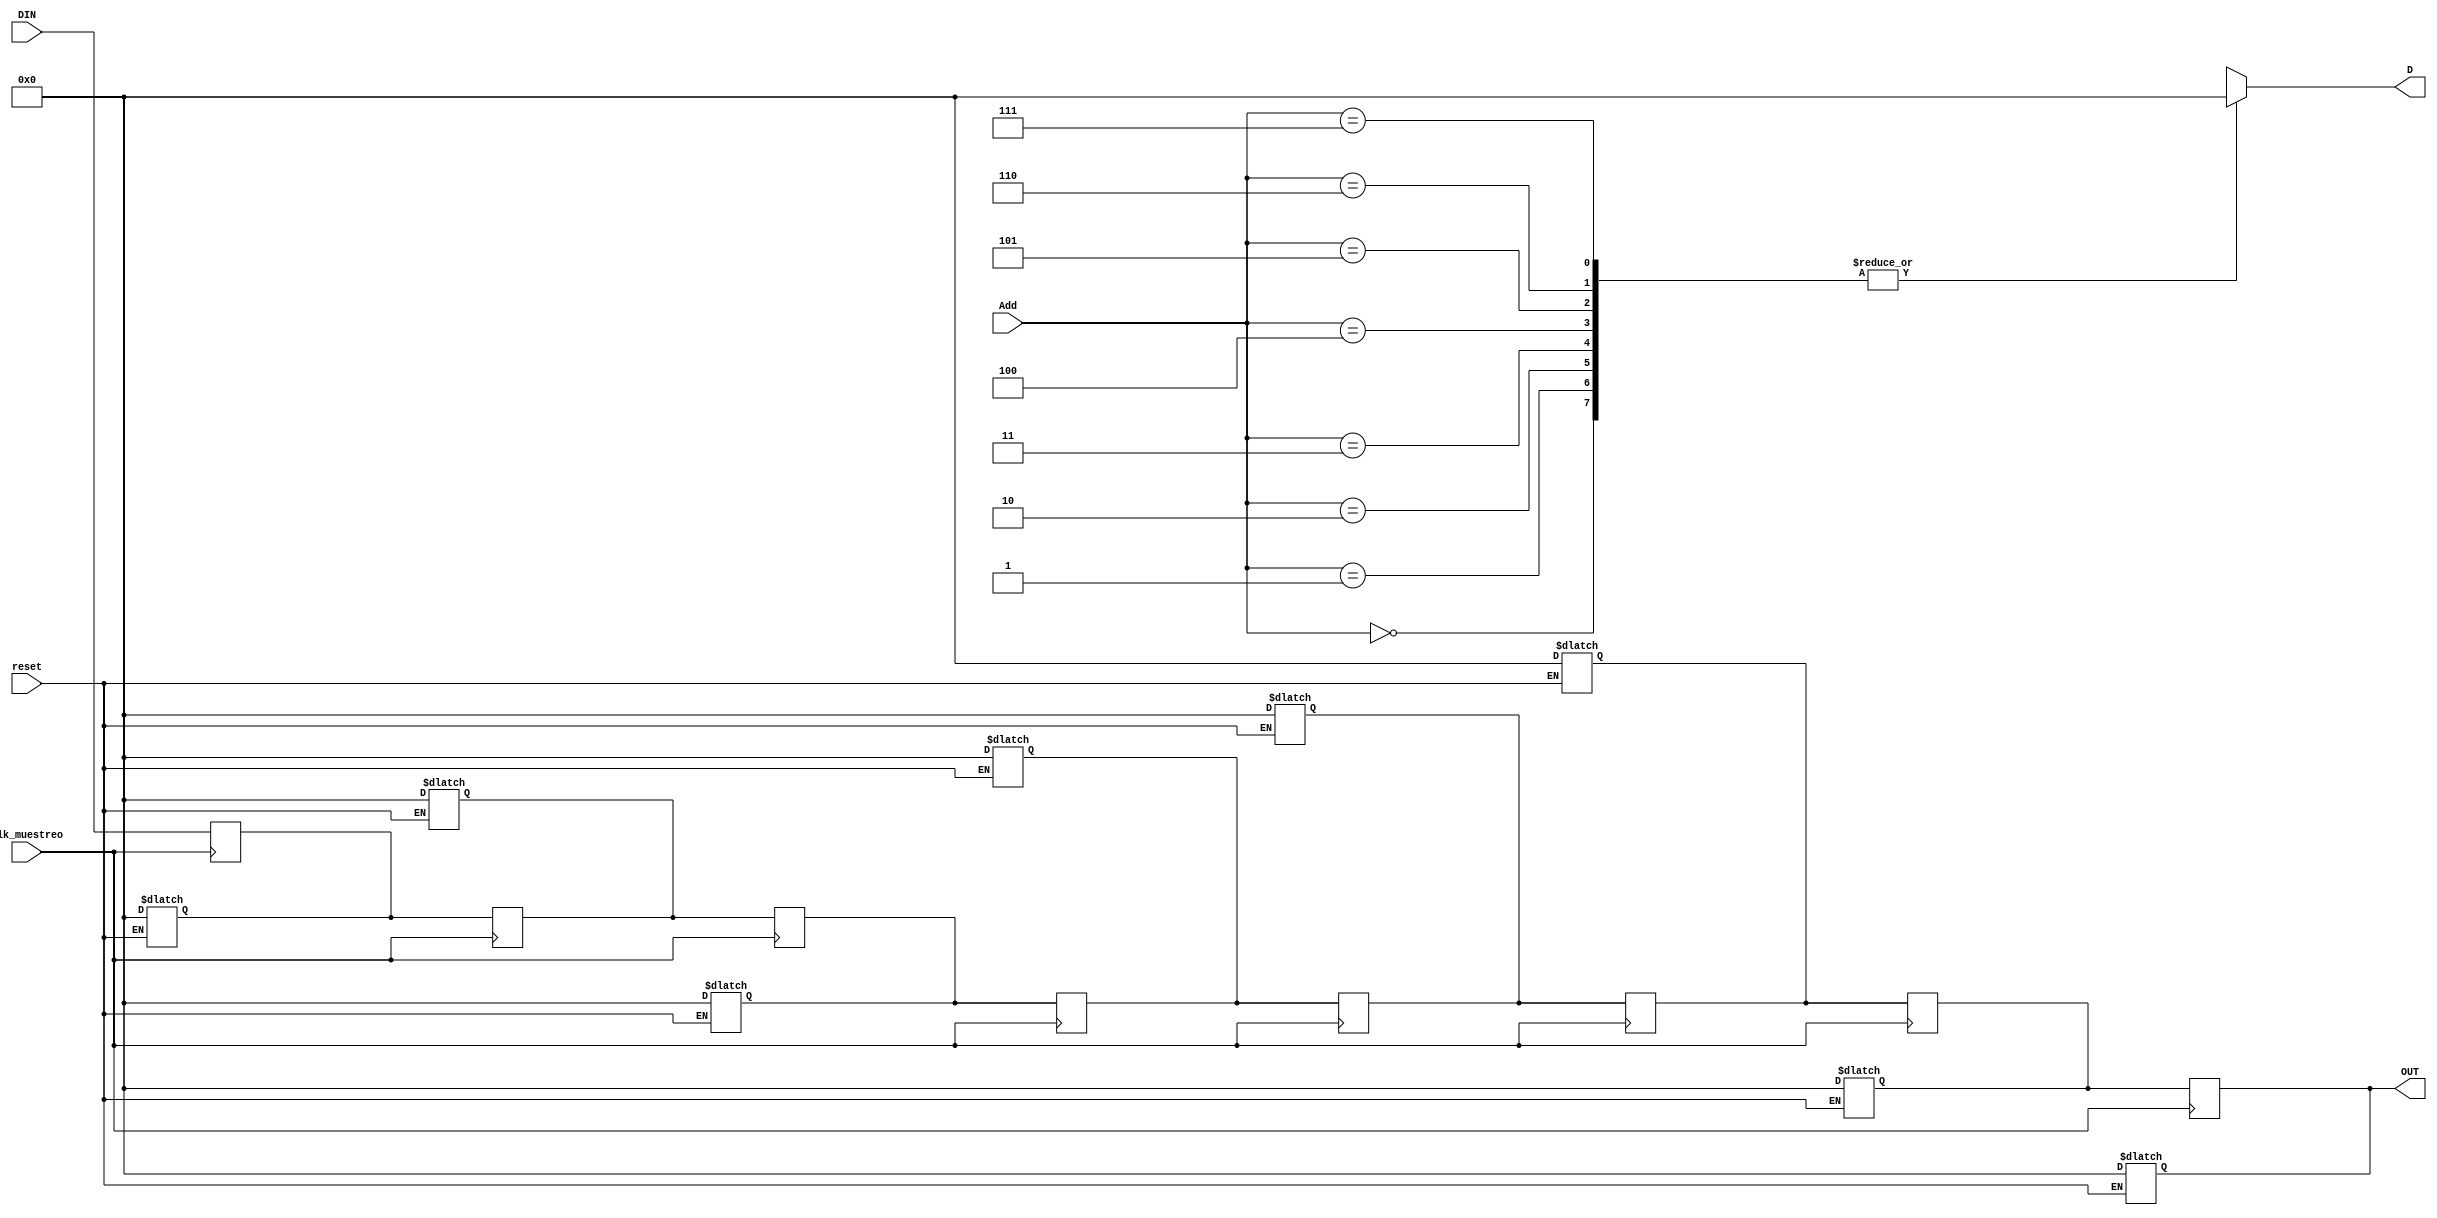

`timescale 1ns/1ns
module ASR1(
    input clk_muestreo,
    input reset,
    input [19:0] DIN,
	input [2:0] Add,
	output reg [19:0] OUT,
    output reg [19:0] D
	);

reg [19:0] n1_2;
reg [19:0] n2_3;
reg [19:0] n3_4;
reg [19:0] n4_5;
reg [19:0] n5_6;
reg [19:0] n6_7;
reg [19:0] n7_8;

always @(posedge clk_muestreo)
    begin
		n1_2 <= DIN;
		n2_3 <= n1_2;
		n3_4 <= n2_3;
		n4_5 <= n3_4;
		n5_6 <= n4_5;
		n6_7 <= n5_6;
		n7_8 <= n6_7;
		OUT  <= n7_8;
    end

always @(*)
    begin
    if (reset)
        begin
            n1_2 = 0;
            n2_3 = 0;
            n3_4 = 0;
            n4_5 = 0;
            n5_6 = 0;
            n6_7 = 0;
            n7_8 = 0;
            OUT = 0;
        end

    case (Add)
    	0: D = n1_2;
    	1: D = n2_3;
    	2: D = n3_4;
    	3: D = n4_5;
    	4: D = n5_6;
    	5: D = n6_7;
    	6: D = n7_8;
    	7: D = OUT;
	endcase
    end
endmodule
/* Segun varia clk_muestreo, las muestras iran pasando
hacia los registros. Como salida tenemos el ultimo registro,
y el registro que se quiera dependiendo del contador Add.*/